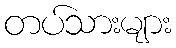
တပ်သားများ